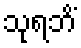
သုရဘိံ